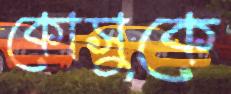
কোসুকে